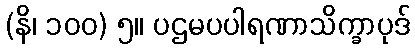
(နိ၊ ၁၀၀) ၅။ ပဌမပပါရဏာသိက္ခာပုဒ်